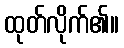
ထုတ်လိုက်၏။